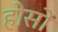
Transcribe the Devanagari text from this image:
होसो